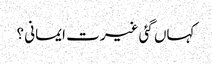
کہاں گئی غیرت ایمانی ؟